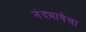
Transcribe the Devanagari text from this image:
नंदभाषेचा